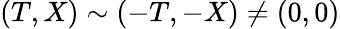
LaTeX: (T,X)\sim(-T,-X)\neq(0,0)